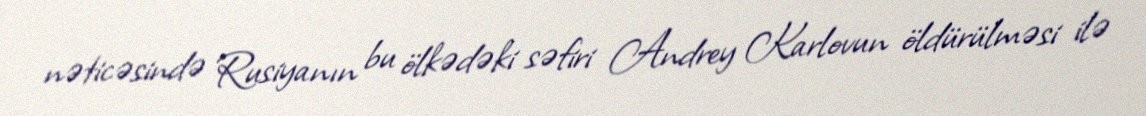
nəticəsində Rusiyanın bu ölkədəki səfiri Andrey Karlovun öldürülməsi ilə